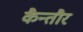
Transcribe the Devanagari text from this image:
कैन्तौर